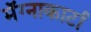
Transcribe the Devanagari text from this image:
मॅग्नाकार्टा